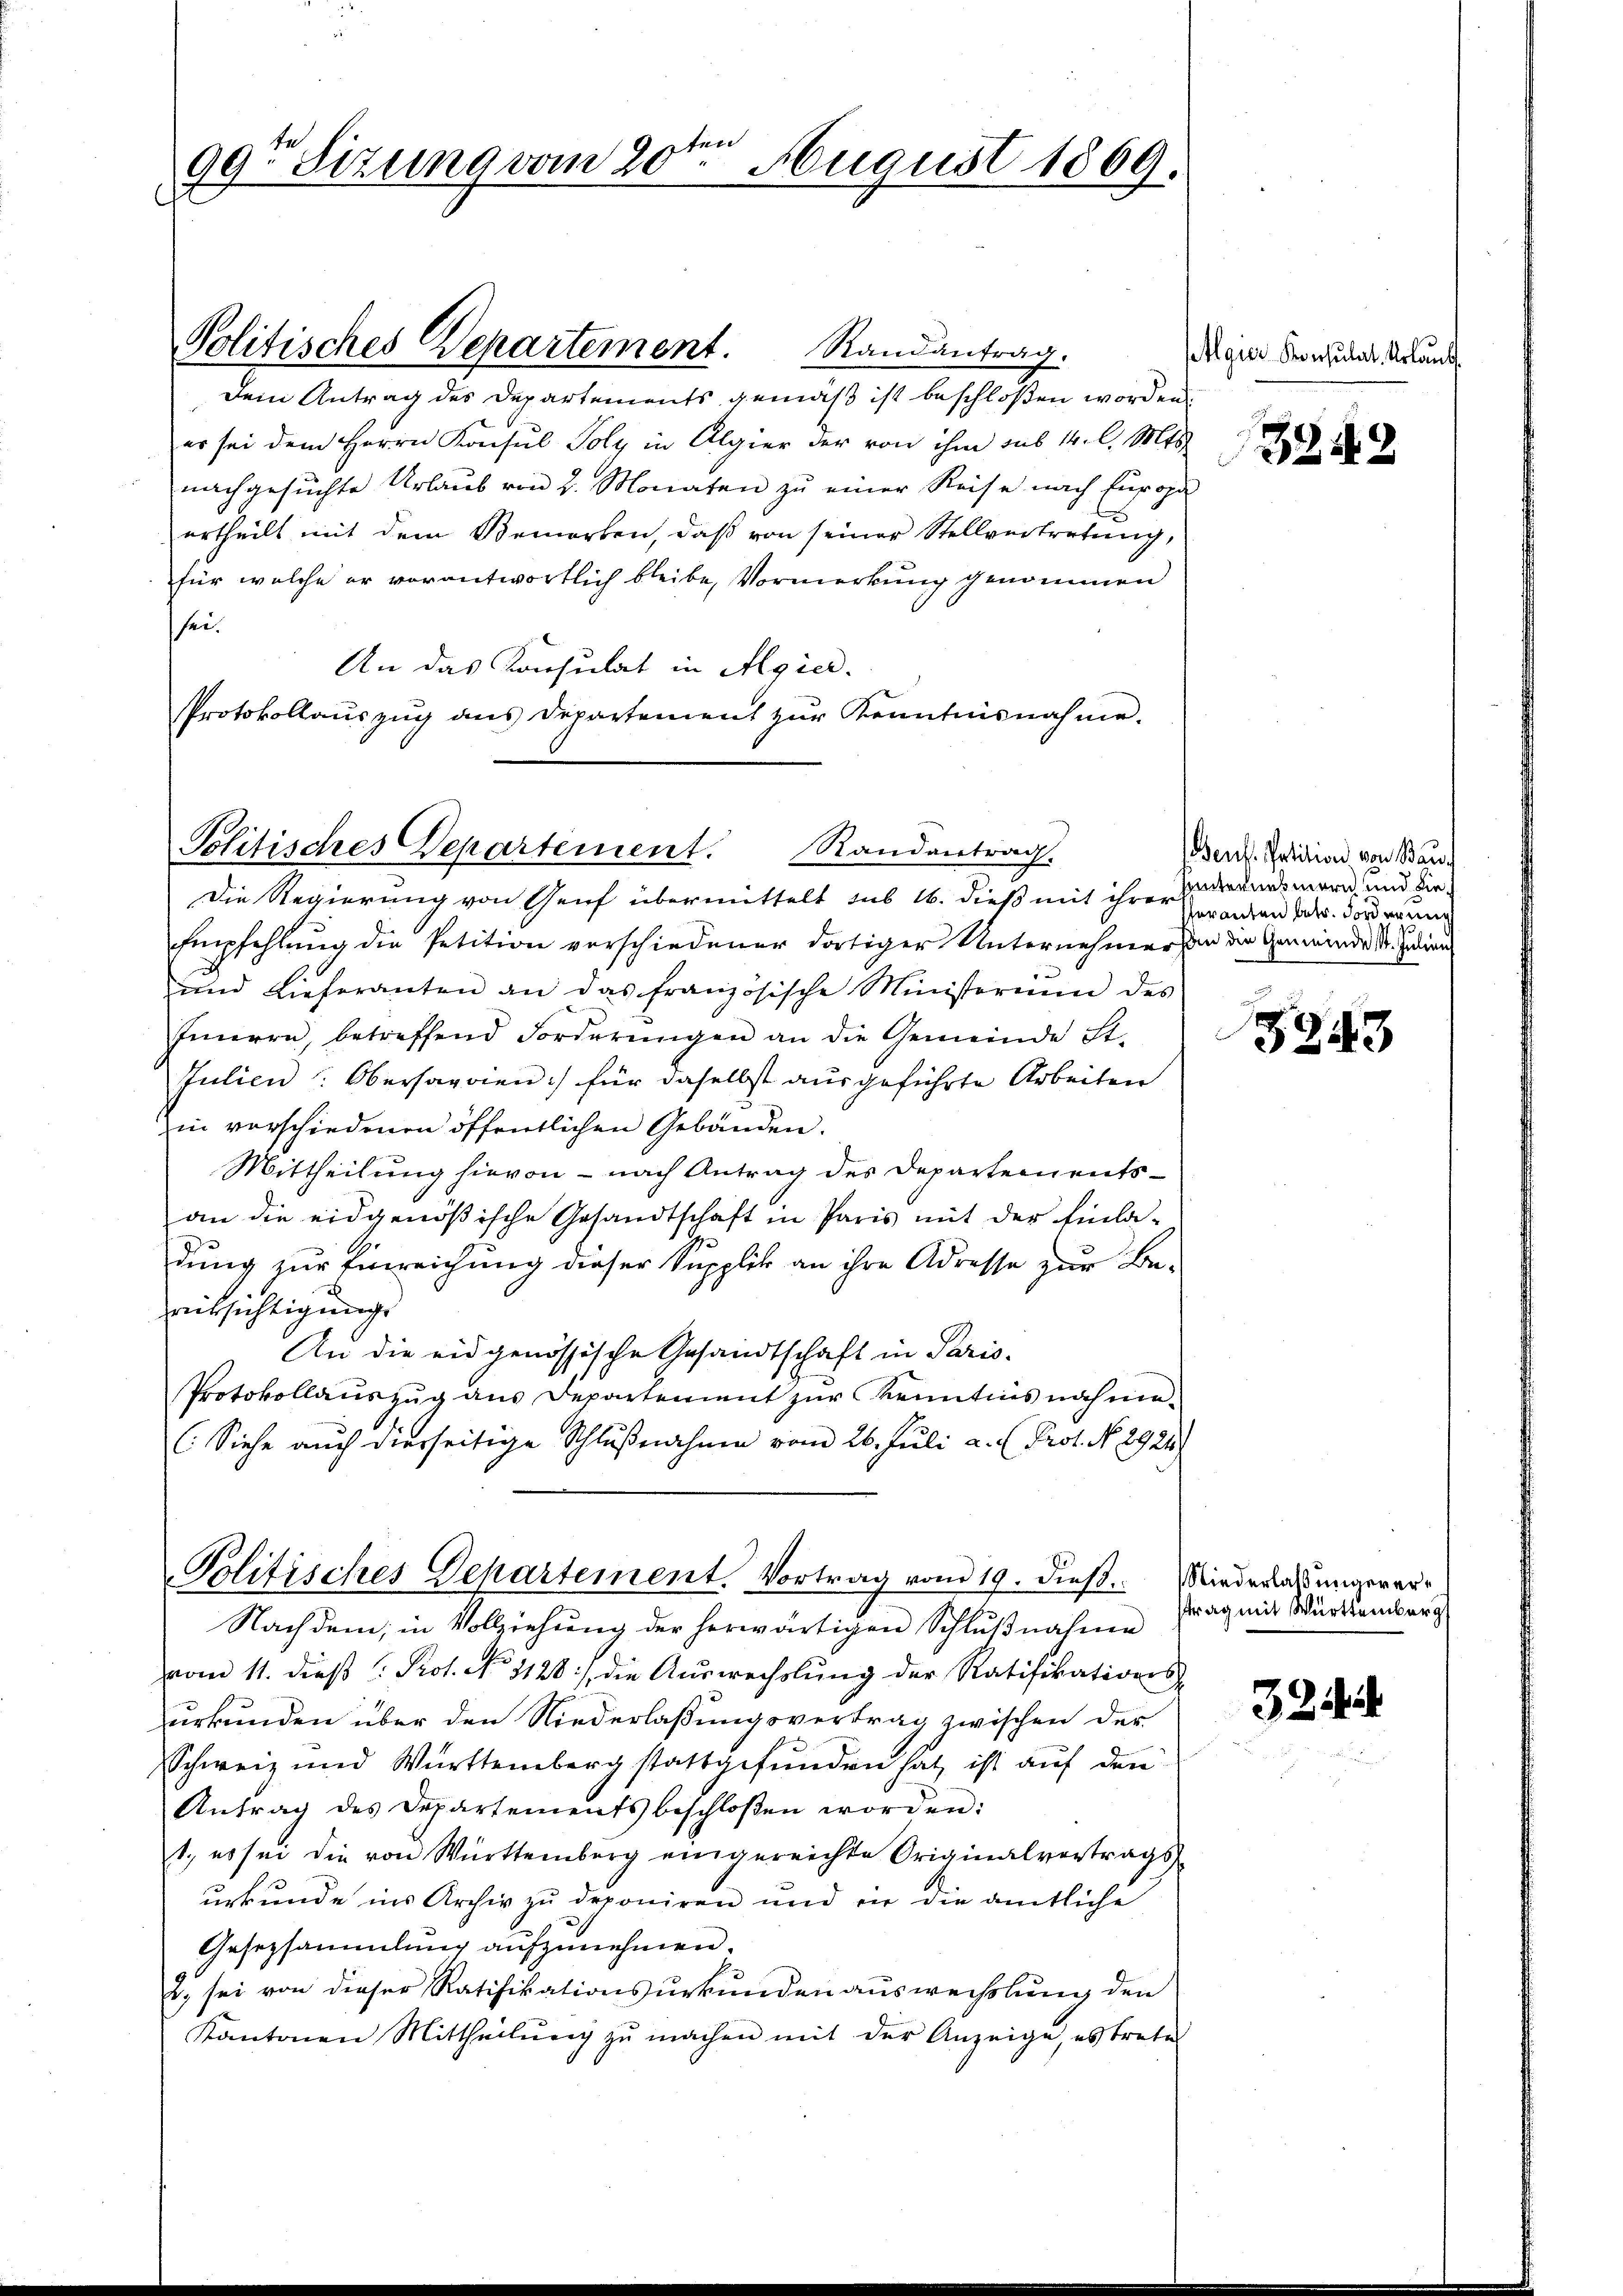
ten
99. Sizung vom 20. August 1869.
c

Dein Antrag des Departements gemäß ist beschloßen worden.
er sei dem Herrn Konsul Poly in Algier der von ihm sub 14. l. Mts.
nachgesuchte Urlaub von 2. Monaten zu einer Reise nach Europa
ertheilt mit dem Bemerken, daß von seiner Stellvertretung,
für welche er vorantwortlich bleibe, Vormerkung genommen
sei¬
An das Konsulat in Algier.
Protokollauszug aus Departement zŭr Kenntnisnahme.

Politisches Departement. Randantrag.

Politisches Departement. Randantrag.

Die Regierung von Genf übermittelt sub 16. dieß mit ihrer Veranten der Forderung
Empfehlung die Petition verschiedener dortiger Unternehmer an der Gemeinde St. Julian
und Lieferanten an das französische Ministoriŭm des
Inneren, betreffend Forderungen an die Gemeinde St.
Julien: Obersagrien) für daselbst ausgeführte Arbeiten
in vorschiedenen öffentlichen Gebäuden.
Mittheilung hievon - nach Antrag des Departementsan die eidgenößische Gesandtschaft in Paris mit der Einla-
dung zur Einreichung dieser Supplik an ihre Adresse zur Be-
rücksichtigung
An die eidgenössische Gesandtschaft in Paris-
Protokollauszug aus Departement zur Kenntnis nahme¬
(Siehe auch diesseitige Schlußnahme vom 26. Juli a. (Prot. No. 2924.
Politisches Departement. Vortrag vom 19. dieß. Wiederlachtungerver
Nachdem, in Vollziehung der herwärtigen Schlußnahme
vom 11. dieβ (: Prot. No 1128) die Aŭswechslung der Ratifikations
urkunden über den Niederlaßungsvertrag zwischen der
Schweiz und Württemberg stattgefunden hat, ist auf den
Antrag des Departements beschloßen worden:
1., es sei die von Württemberg eingereichte Originalvertrags-
urkunde ins Archiv zu deponiren und in die amtliche
Gesezsammlung aufzunehmen.
2) sei von dieser Ratifikationsurkunden auswechslung den
Kantonen Mittheilŭng zŭ machen mit der Anzeige, es trete

Algier Konsulat. Urlaub

3242

Benf. Petition von Bauinternehmern und die¬

5243

strag mit Württemberg

3244